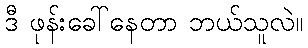
ဒီ ဖုန်းခေါ်နေတာ ဘယ်သူလဲ။